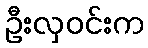
ဦးလှဝင်းက